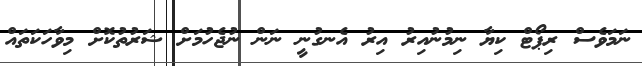
ނަމަވެސް ރިޕޯޓް ކިޔާ ނިމުނުއިރު އިރު އެނގުނީ ނަން ނުޖެހުމަށް ޝަރުތުކޮށް މިވާހަކަތައް